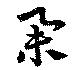
挙